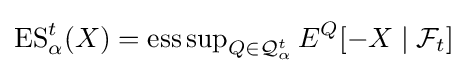
\operatorname {ES} _{\alpha }^{t}(X)=\operatorname {ess\sup } _{Q\in {\mathcal {Q}}_{\alpha }^{t}}E^{Q}[-X\mid {\mathcal {F}}_{t}]